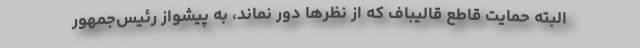
البته حمایت قاطع قالیباف که از نظر‌ها دور نماند، به پیشواز رئیس‌جمهور